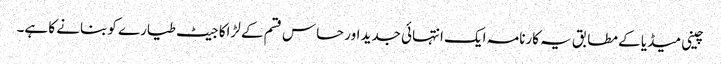
چینی میڈیا کے مطابق یہ کارنامہ ایک انتہائی جدید اور حساس قسم کے لڑاکا جیٹ طیارے کو بنانے کا ہے۔